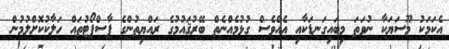
އެކަމަކު މޫސަޔަކާ ނުވަތަ މިބައިގަނޑަކާއި އެއްވެސް ގުޅުމެއްނެތް ބޭރުޤައުމުގެ ރައްޔިތުންގެ ޕާސްޕޯޓުތައް ހަލާކުކޮށްލުމުން